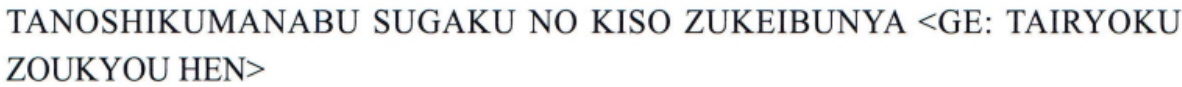
\text{TANOSHIKUMANABU SUGAKU NO KISO ZUKEIBUNYA <GE: TAIRYOKU ZOUKYOU HEN>}